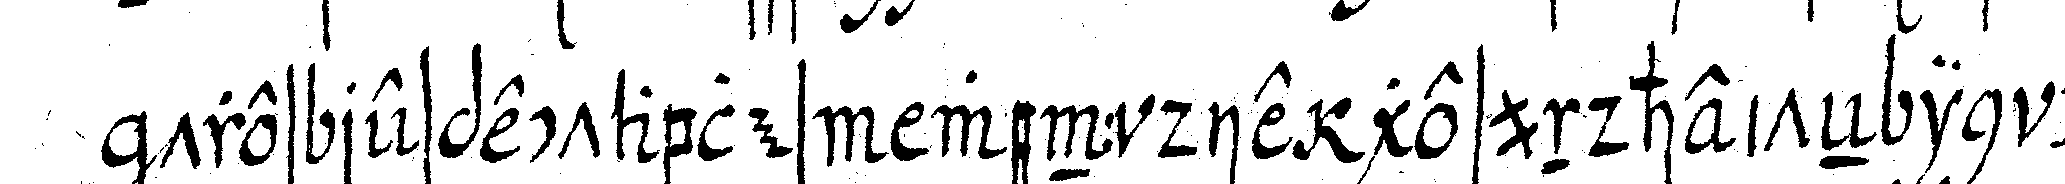
tres respectables wenn die gesundheiteN in ce